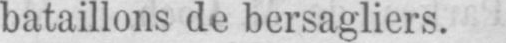
bataillons de bersagliers.